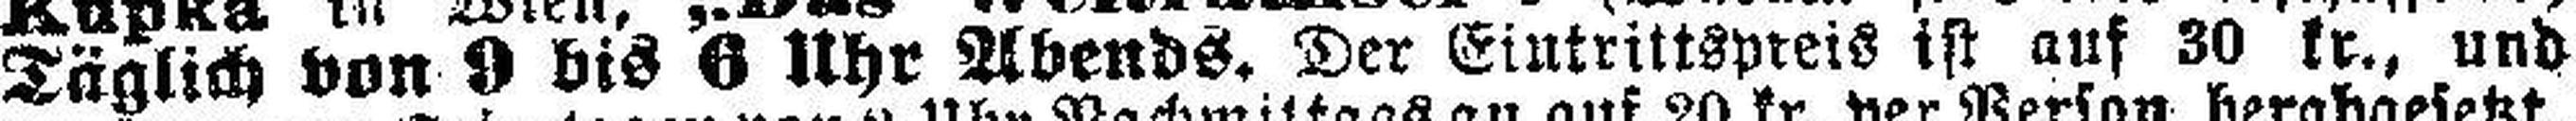
Täglich von 9 bis 6 Uhr Abends. Der Eintrittspreis ist auf 30 kr., und